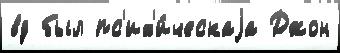
вд был пс'их'и́ческаjа Джон